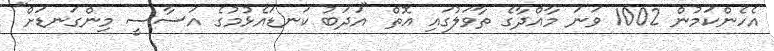
އެހެންކަމުން 1002 ވަނަ މާއްދާގެ ތާވަލުގައި އޮތް "އަދަބު ކަނޑައެޅުމުގެ އަސާސީ މިންގަނޑަށް"